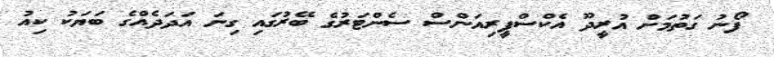
ފޯނު ގަތުމަށް އުރީދޫ އެކްސްޕީރިއަންސް ސެންޓަރުގެ ބޭރުގައި ގިނަ އަދަދެއްގެ ބަޔަކު ކިއު